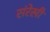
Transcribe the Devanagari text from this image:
संरेखी